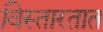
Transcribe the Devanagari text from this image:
विस्तारतात